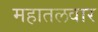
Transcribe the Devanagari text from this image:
महातलवार